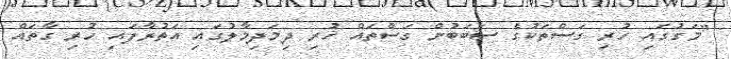
"މަގުގައި ހުރި ގަސްތަކުގެ ސަބަބުން ގަސްތައް ހުރި ދިމަދިމާލުގައި އަތުރާފައި ހުރި ގާތައް